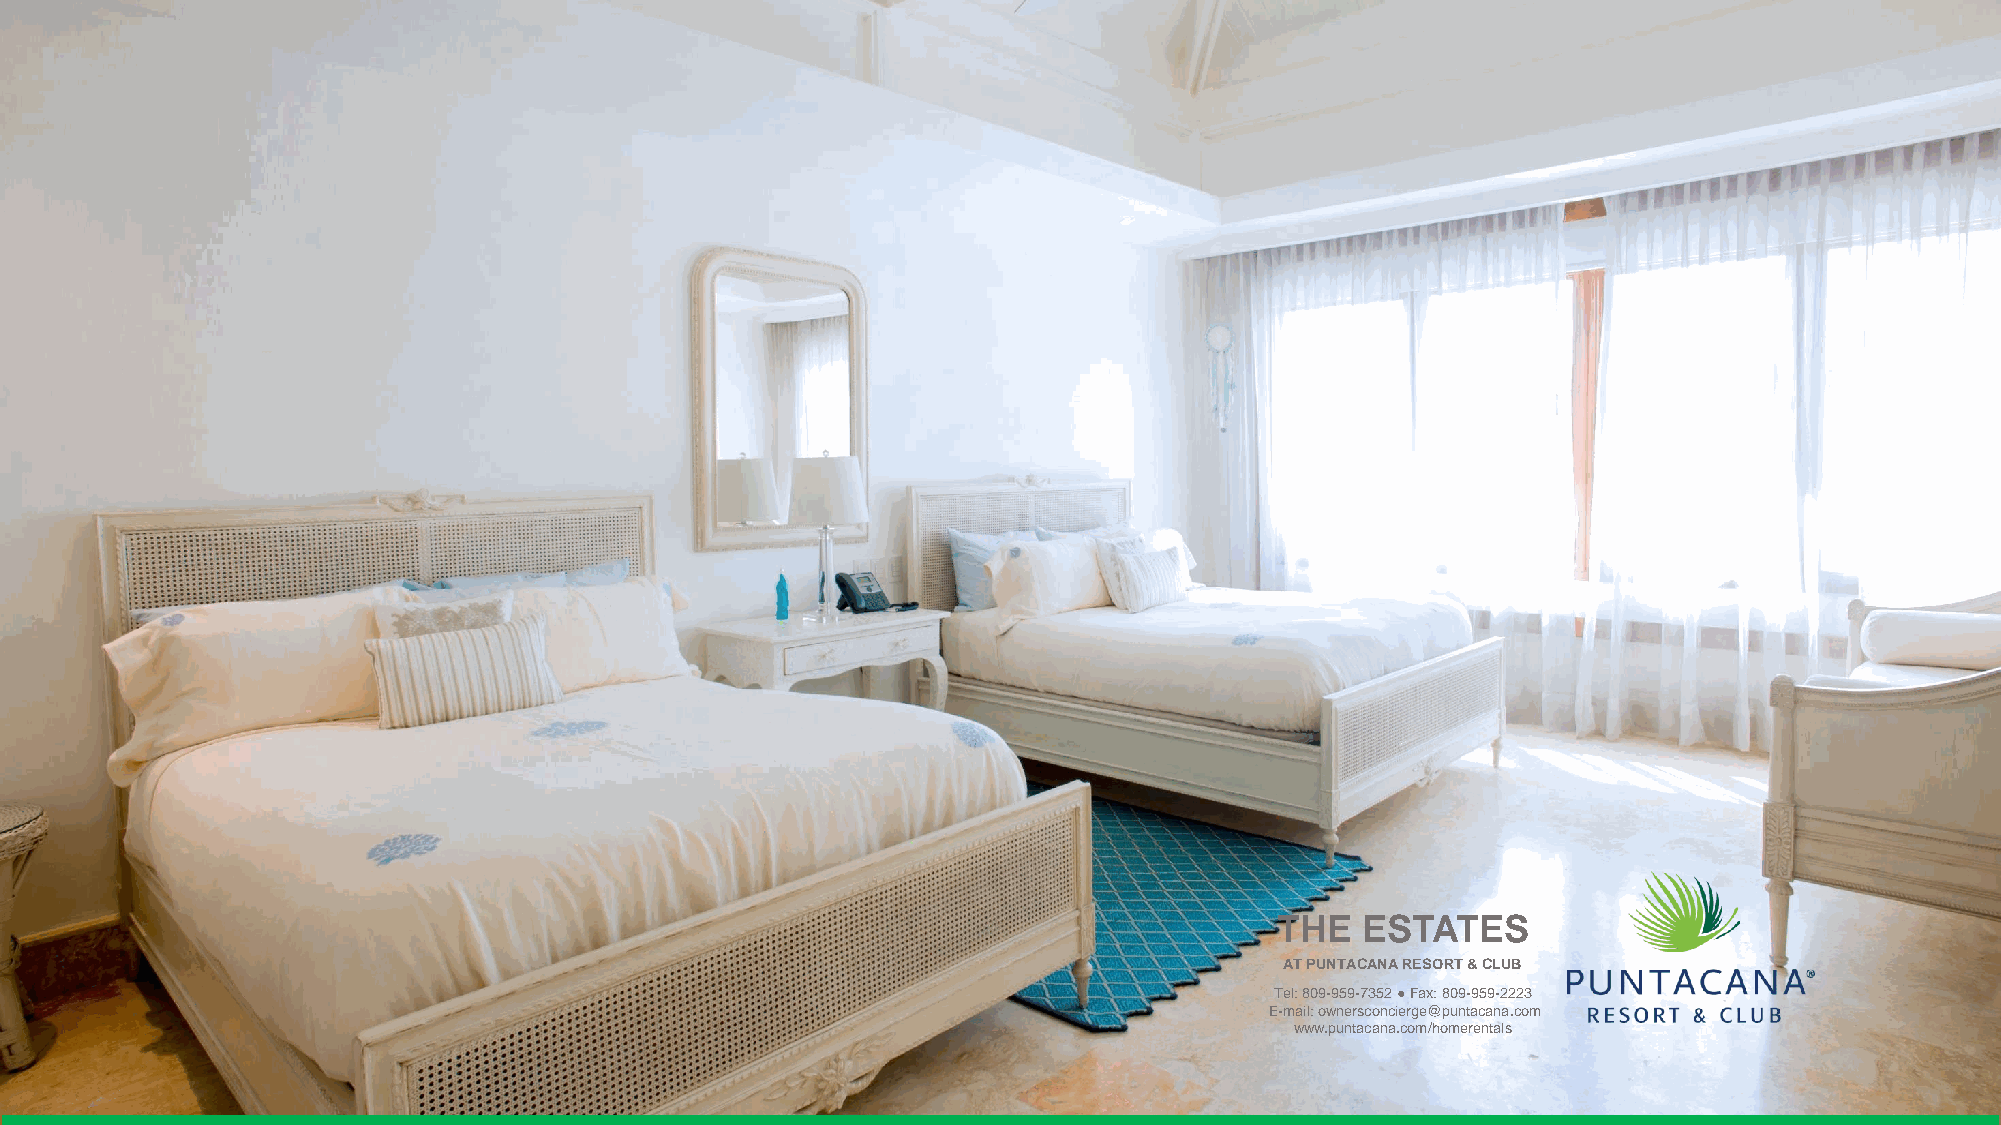
CORALES  42                        SUITE  3: 2 QUEEN  SIZE BEDS
 THE  ESTATES
 THE   ESTATES
 AT PUNTACANA RESORT & CLUB
 AT PUNTACANA RESORT & CLUB
 Tel: 809-959-7352 ●Fax: 809-959-2223
 ET-eml:a 8il0: 9o-w9n5e9r-s7c3o5n2c i●erFgaex@: 8p0u9n-t9a5ca9n-2a2.c2o3m
 E-mwaiwl: wo.wpnuenrtsaccoanncai.ecrogme@/hopmunetraecnatnaals.com
 www.puntacana.com/homerentals